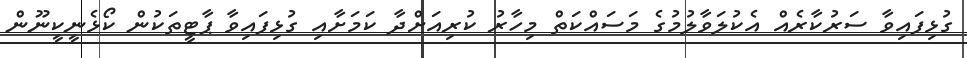
ގުޅިފައިވާ ސަރުކާރެއް އެކުލަވާލުމުގެ މަސައްކަތް މިހާރު ކުރިއަށްދާ ކަމަށާއި ގުޅިފައިވާ ޕާޓީތަކުން ކޯޅެނީކީނޫން